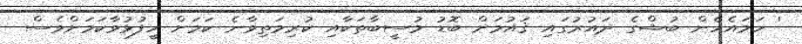
' ހަމައެހެން ބުޝްގެ ދައުރުގައި ޤައުމަށް ބޮޑު މުސީބާތަކާއި ކުރިމަތިވާނެ ކަމަށް ހީފުޅުވާކަމަށްވެސް